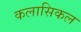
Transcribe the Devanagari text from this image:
कलासिकल